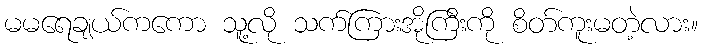
မမရေချယ်ကကော သူ့လို သက်ကြားအိုကြီးကို စိတ်ကူးမတဲ့လား။